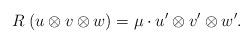
LaTeX: \begin{align*} R \; ( u \otimes v \otimes w ) = \mu \cdot u' \otimes v'\otimes w' .\end{align*}